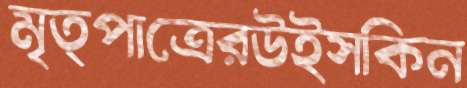
মৃত্পাত্রেরউইসকিন